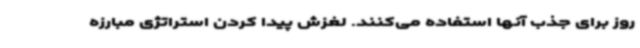
روز برای جذب آنها استفاده می‌کنند. لغزش پیدا کردن استراتژی مبارزه